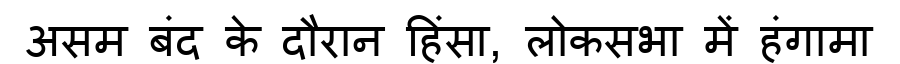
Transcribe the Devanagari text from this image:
असम बंद के दौरान हिंसा, लोकसभा में हंगामा